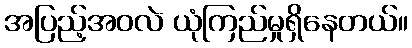
အပြည့်အဝလဲ ယုံကြည်မှုရှိနေတယ်။